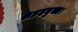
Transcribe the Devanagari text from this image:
शहदयुक्त।